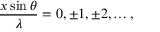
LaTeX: { \frac { x \sin \theta } { \lambda } } = 0 , \pm 1 , \pm 2 , \ldots ,